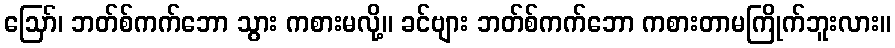
ဪ၊ ဘတ်စ်ကက်ဘော သွား ကစားမလို့။ ခင်ဗျား ဘတ်စ်ကက်ဘော ကစားတာမကြိုက်ဘူးလား။